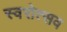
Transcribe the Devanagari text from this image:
स्वरोत्सव